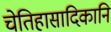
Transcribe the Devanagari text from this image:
चेतिहासादिकानि